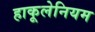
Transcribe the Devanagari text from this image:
हाकूलेनियम